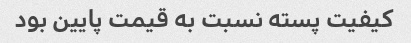
کیفیت پسته نسبت به قیمت پایین بود